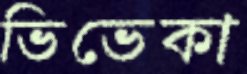
ভিভেকা